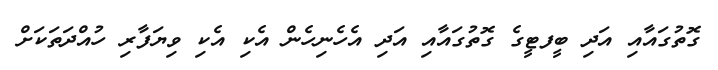
ގޮތުގައާއި އަދި ބީފޓީގެ ގޮތުގައާއި އަދި އެހެނިހެން އެކި އެކި ވިޔަފާރި ހުއްދަތަކަށް